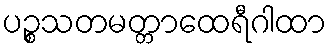
ပဉ္စသတမတ္တာထေရီဂါထာ